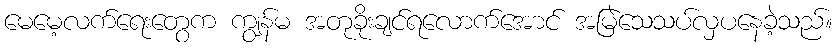
မေမေ့လက်ရေးတွေက ကျွန်မ အတုခိုးချင်ရလောက်အောင် အမြဲသေသပ်လှပနေခဲ့သည်။